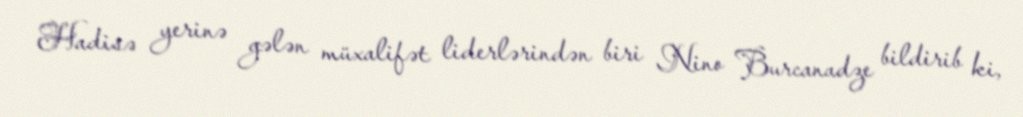
Hadisə yerinə gələn müxalifət liderlərindən biri Nino Burcanadze bildirib ki,